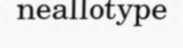
neallotype